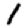
Digit: 1